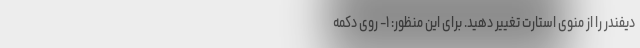
دیفندر را از منوی استارت تغییر دهید. برای این منظور: ۱- روی دکمه